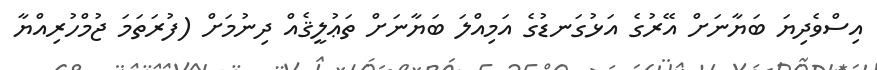
އިސްވެދިޔަ ބަޔާނަށް އޭރުގެ އަޅުގަނޑުގެ އަމިއްލަ ބަޔާނަށް ތަޢުލީޤެއް ދިނުމަށް (ފުރަތަމަ ޖުމްހުރިއްޔާ